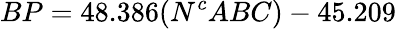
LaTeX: BP=48.386(N^{c}ABC)-45.209